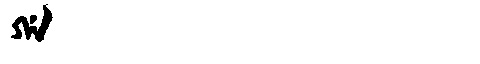
Manchu: ᡤᠠ
Romanization: GA